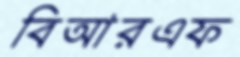
বিআরএফ